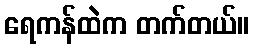
ရေကန်ထဲက တက်တယ်။